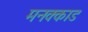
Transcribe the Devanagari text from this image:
मनक्काड